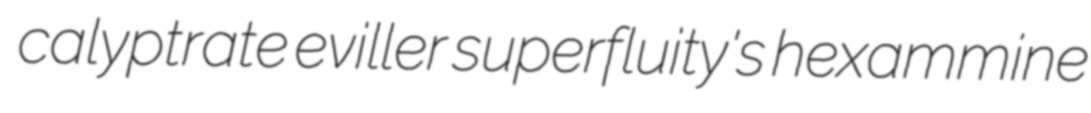
calyptrate eviller superfluity's hexammine